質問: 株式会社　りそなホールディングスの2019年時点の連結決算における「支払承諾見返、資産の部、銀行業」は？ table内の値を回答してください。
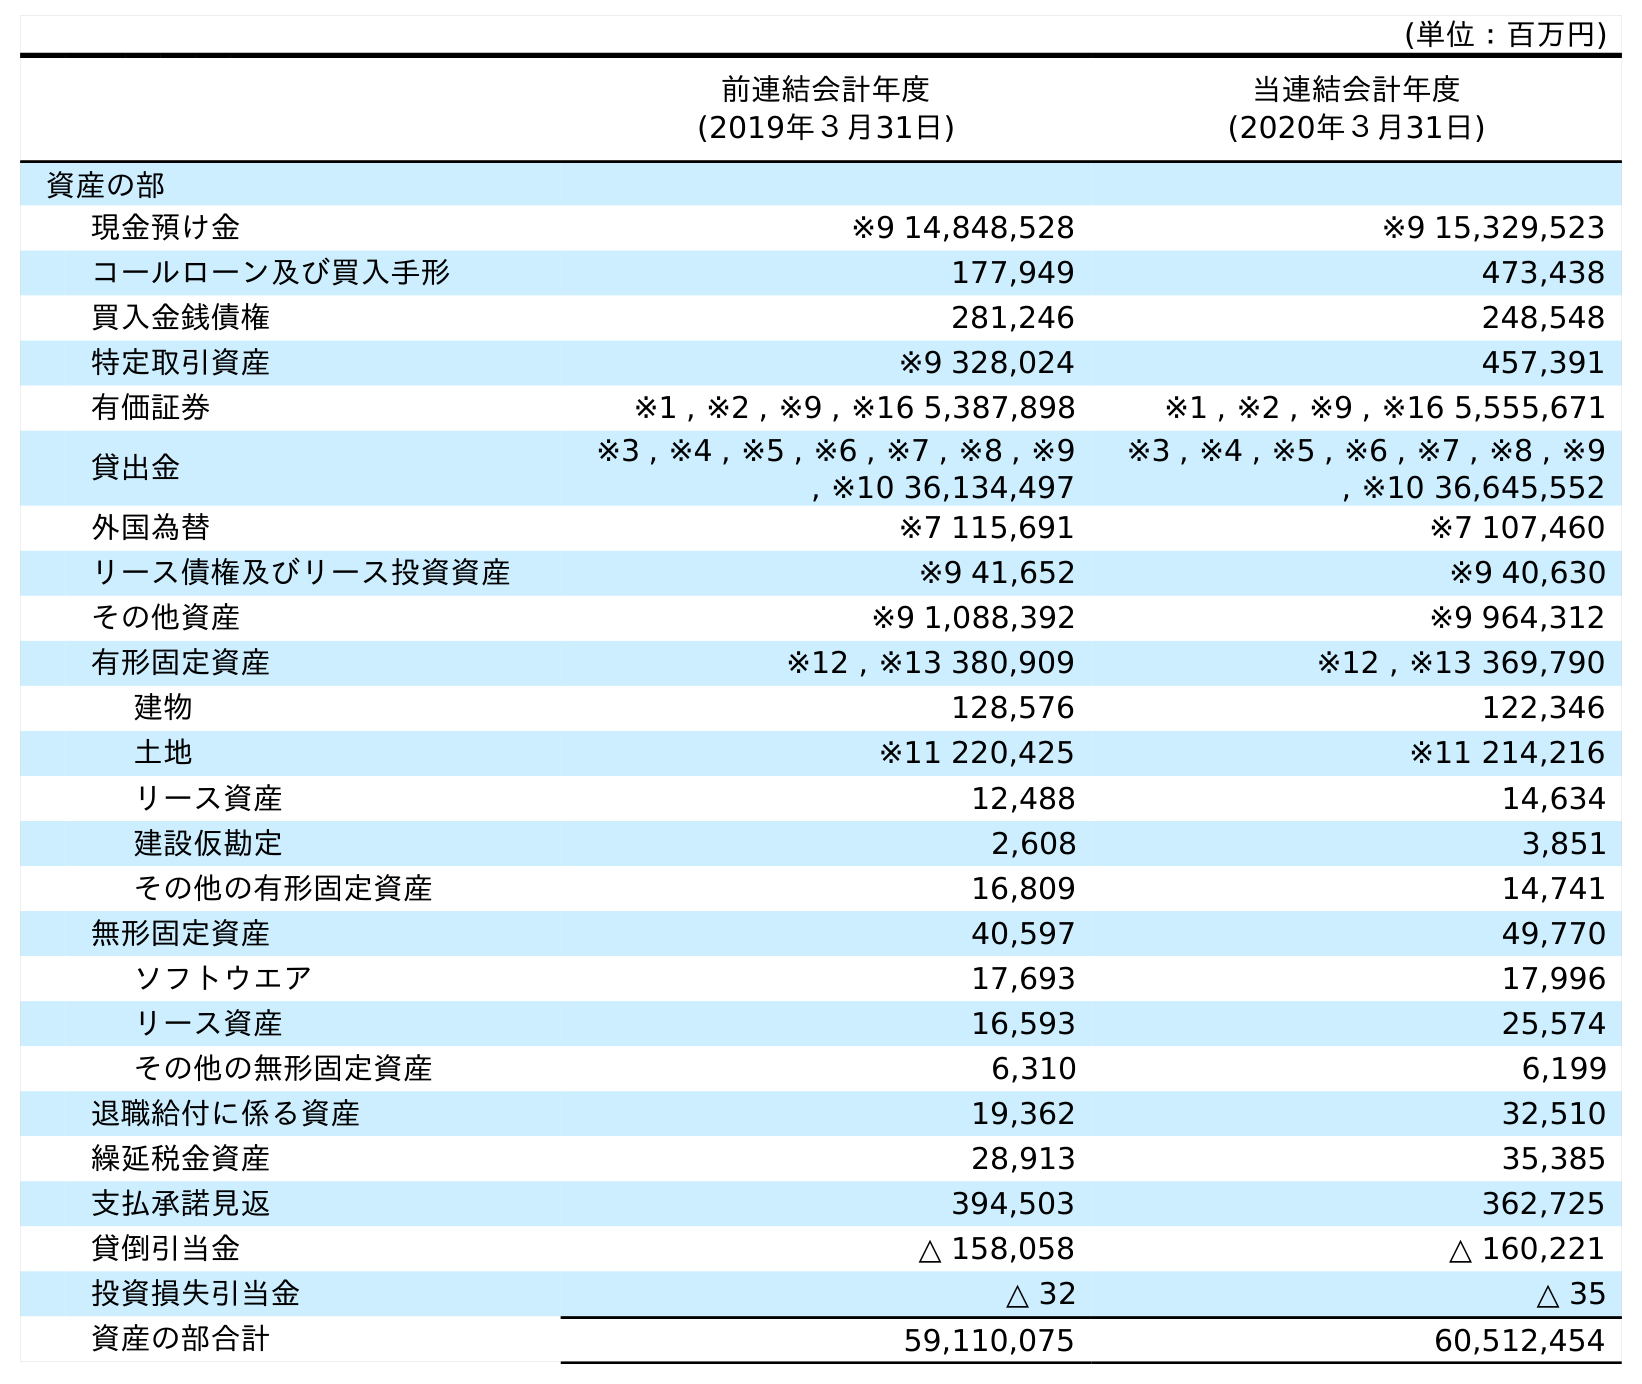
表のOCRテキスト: (単位：百万円) 前連結会計年度 (2019年３月31日) 当連結会計年度 (2020年３月31日) 資産の部 現金預け金 ※9 14,848,528 ※9 15,329,523 コールローン及び買入手形 177,949 473,438 買入金銭債権 281,246 248,548 特定取引資産 ※9 328,024 457,391 有価証券 ※1 , ※2 , ※9 , ※16 5,387,898 ※1 , ※2 , ※9 , ※16 5,555,671 貸出金 ※3 , ※4 , ※5 , ※6 , ※7 , ※8 , ※9 , ※10 36,134,497 ※3 , ※4 , ※5 , ※6 , ※7 , ※8 , ※9 , ※10 36,645,552 外国為替 ※7 115,691 ※7 107,460 リース債権及びリース投資資産 ※9 41,652 ※9 40,630 その他資産 ※9 1,088,392 ※9 964,312 有形固定資産 ※12 , ※13 380,909 ※12 , ※13 369,790 建物 128,576 122,346 土地 ※11 220,425 ※11 214,216 リース資産 12,488 14,634 建設仮勘定 2,608 3,851 その他の有形固定資産 16,809 14,741 無形固定資産 40,597 49,770 ソフトウエア 17,693 17,996 リース資産 16,593 25,574 その他の無形固定資産 6,310 6,199 退職給付に係る資産 19,362 32,510 繰延税金資産 28,913 35,385 支払承諾見返 394,503 362,725 貸倒引当金 △ 158,058 △ 160,221 投資損失引当金 △ 32 △ 35 資産の部合計 59,110,075 60,512,454
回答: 394,503